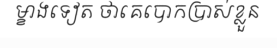
ម្ខាងទៀត ថាគេបោកប្រាស់ខ្លួន